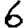
Digit: 6